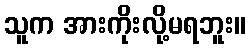
သူက အားကိုးလို့မရဘူး။